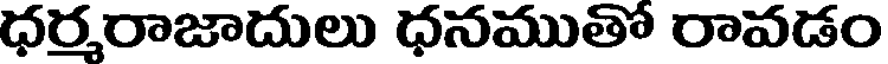
ధర్మరాజాదులు ధనముతో రావడం